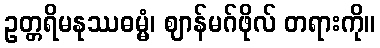
ဥတ္တရိမနုဿဓမ္မံ၊ ဈာန်မဂ်ဖိုလ် တရားကို။